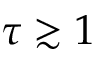
\tau \gtrsim 1